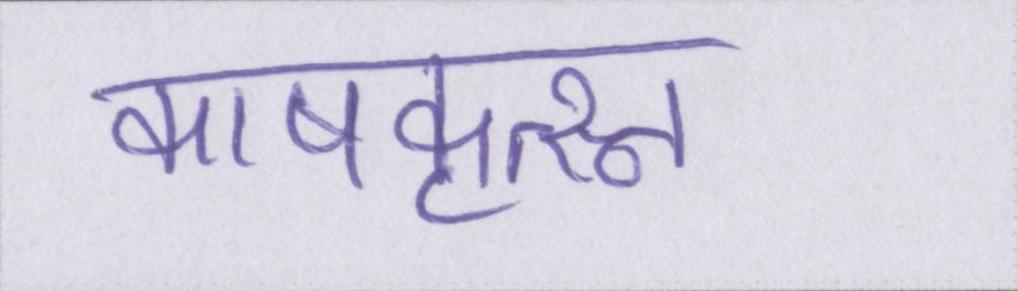
काषकृत्स्न